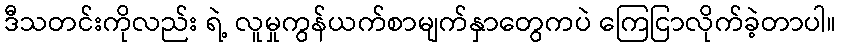
ဒီသတင်းကိုလည်း ရဲ့ လူမှုကွန်ယက်စာမျက်နှာတွေကပဲ ကြေငြာလိုက်ခဲ့တာပါ။